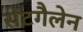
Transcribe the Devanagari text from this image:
सेंटगैलेन